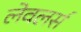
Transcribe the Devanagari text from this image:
लेवलर्स